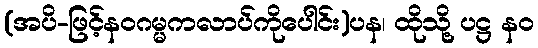
(အပိ-ဖြင့်နဝဂမ္မကလာပ်ကိုပေါင်း)ပန၊ ထိုသို့ ပဋ္ဌ နဝ